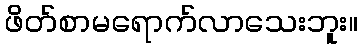
ဖိတ်စာမရောက်လာသေးဘူး။